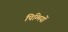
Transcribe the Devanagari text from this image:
पिग्मियों